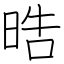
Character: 晧